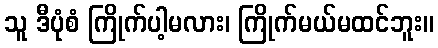
သူ ဒီပုံစံ ကြိုက်ပါ့မလား၊ ကြိုက်မယ်မထင်ဘူး။